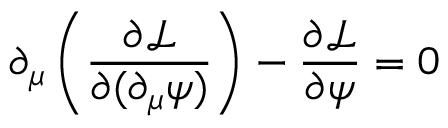
\partial _ { \mu } \left( { \frac { \partial { \mathcal { L } } } { \partial ( \partial _ { \mu } \psi ) } } \right) - { \frac { \partial { \mathcal { L } } } { \partial \psi } } = 0